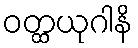
ဝတ္ထယုဂါနိ